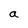
Character: a